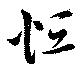
恒